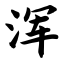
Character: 浑